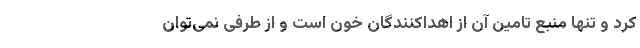
کرد و تنها منبع تامین آن از اهداکنندگان خون است و از طرفی نمی‌توان